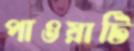
পাওয়াটি